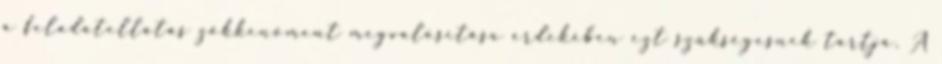
a feladatellátás zökkenőment megvalósítása érdekében ezt szükségesnek tartja. A